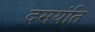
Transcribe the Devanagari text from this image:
दमयंति